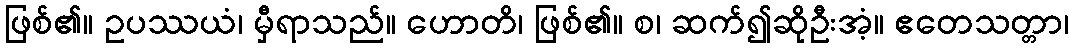
ဖြစ်၏။ ဥပဿယံ၊ မှီရာသည်။ ဟောတိ၊ ဖြစ်၏။ စ၊ ဆက်၍ဆိုဦးအံ့။ ဧတေသတ္တာ၊